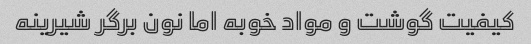
کیفیت گوشت و مواد خوبه اما نون برگر شیرینه